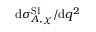
\mathrm { d } \sigma _ { A , \chi } ^ { \mathrm { S I } } / \mathrm { d } q ^ { 2 }